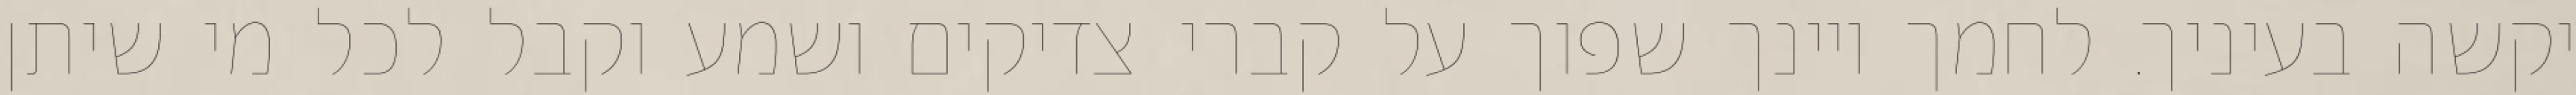
יקשה בעיניך. לחמך ויינך שפוך על קברי צדיקים ושמע וקבל לכל מי שיתן